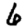
Digit: 6